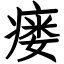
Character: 瘘